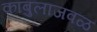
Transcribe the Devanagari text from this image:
काबुलाजवळ